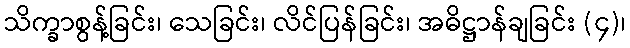
သိက္ခာစွန့်ခြင်း၊ သေခြင်း၊ လိင်ပြန်ခြင်း၊ အဓိဋ္ဌာန်ချခြင်း (၄)၊